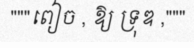
"""ពៀច , ឱ្យ ទ្រុឌ ,"""